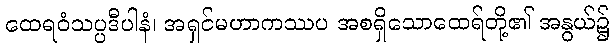
ထေရဝံသပ္ပဒီပါနံ၊ အရှင်မဟာကဿပ အစရှိသောထေရ်တို့၏ အနွယ်၌